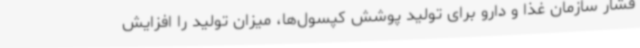
فشار سازمان غذا و دارو برای تولید پوشش کپسول‌ها، میزان تولید را افزایش